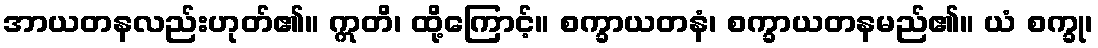
အာယတနလည်းဟုတ်၏။ ဣတိ၊ ထို့ကြောင့်။ စက္ခာယတနံ၊ စက္ခာယတနမည်၏။ ယံ စက္ခု၊